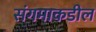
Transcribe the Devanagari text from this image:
संगमाकडील